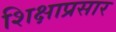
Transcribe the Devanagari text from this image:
शिक्षाप्रसार